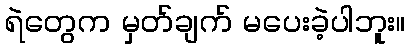
ရဲတွေက မှတ်ချက် မပေးခဲ့ပါဘူး။